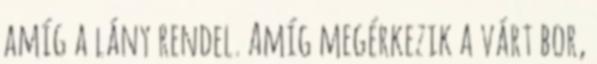
amíg a lány rendel. Amíg megérkezik a várt bor,